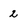
Character: 2